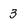
Character: 3